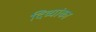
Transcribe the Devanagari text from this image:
दिव्यांका